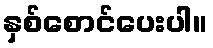
နှစ်စောင်ပေးပါ။